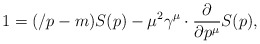
\begin{align*}1=(\slash p-m)S(p)-\mu^2\gamma^\mu\cdot {\partial\over\partial p^\mu}S(p),\end{align*}